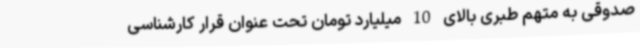
صدوقی به متهم طبری بالای 10 میلیارد تومان تحت عنوان قرار کارشناسی